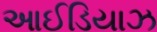
આઈડિયાઝ